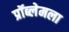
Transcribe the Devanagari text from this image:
प्रॉब्लेमला